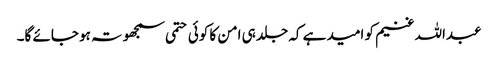
عبداللہ غنیم کو امید ہے کہ جلد ہی امن کا کوئی حتمی سمجھوتہ ہو جائے گا۔